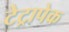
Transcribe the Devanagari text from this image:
टेट्रापेक